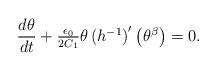
LaTeX: \begin{align*}\begin{array}{c}\dfrac{d\theta }{dt}+\frac{\epsilon _{0}}{2C_{1}}\theta \left( h^{-1}\right)^{\prime }\left( \theta ^{\beta }\right) =0.\end{array}\end{align*}